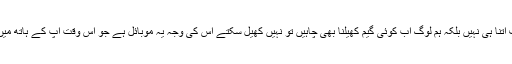
صرف اتنا ہی نہیں بلکہ ہم لوگ اب کوئی گیم کھیلنا بھی چاہیں تو نہیں کھیل سکتے اس کی وجہ یہ موبائل ہے جو اس وقت آپ کے ہاتھ میں ہے ۔